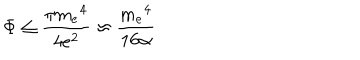
LaTeX: \Phi \leq \frac { \pi { m _ { e } } ^ { 4 } } { 4 e ^ { 2 } } \approx \frac { { m _ { e } } ^ { 4 } } { 1 6 \alpha }